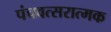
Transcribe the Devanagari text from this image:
पंचवत्सरात्मक